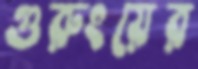
গুরুংয়ের